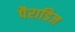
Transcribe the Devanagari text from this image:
पैराडिज